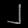
Digit: ၂